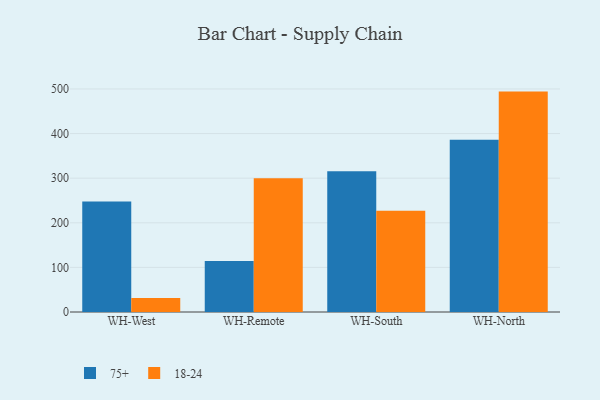
{"axis": {"x": "Warehouse", "y": "LTV (USD)"}, "legend": ["18-24", "75+"], "data": [{"x": "WH-West", "y": 247.8, "type": "75+"}, {"x": "WH-West", "y": 31.6, "type": "18-24"}, {"x": "WH-Remote", "y": 114.5, "type": "75+"}, {"x": "WH-Remote", "y": 300.0, "type": "18-24"}, {"x": "WH-South", "y": 315.4, "type": "75+"}, {"x": "WH-South", "y": 227.0, "type": "18-24"}, {"x": "WH-North", "y": 386.2, "type": "75+"}, {"x": "WH-North", "y": 494.1, "type": "18-24"}]}